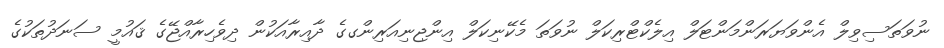
ނުވަތަސިވިލް އެންވަޔަރަންމަންޓަލް އިލެކްޓްރިކަލް ނުވަތަ މެކޭނިކަލް އިންޖިނިއަރިންގގެ ދާއިރާއަކުން ދިވެހިރާއްޖޭގެ ޤައުމީ ސަނަދުތަކުގެ